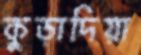
কুড়াদিয়া